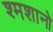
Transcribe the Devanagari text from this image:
श्मशानो